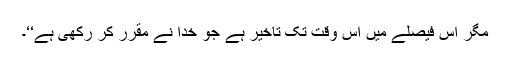
مگر اس فیصلے میں اس وقت تک تاخیر ہے جو خدا نے مقرر کر رکھی ہے‘‘۔